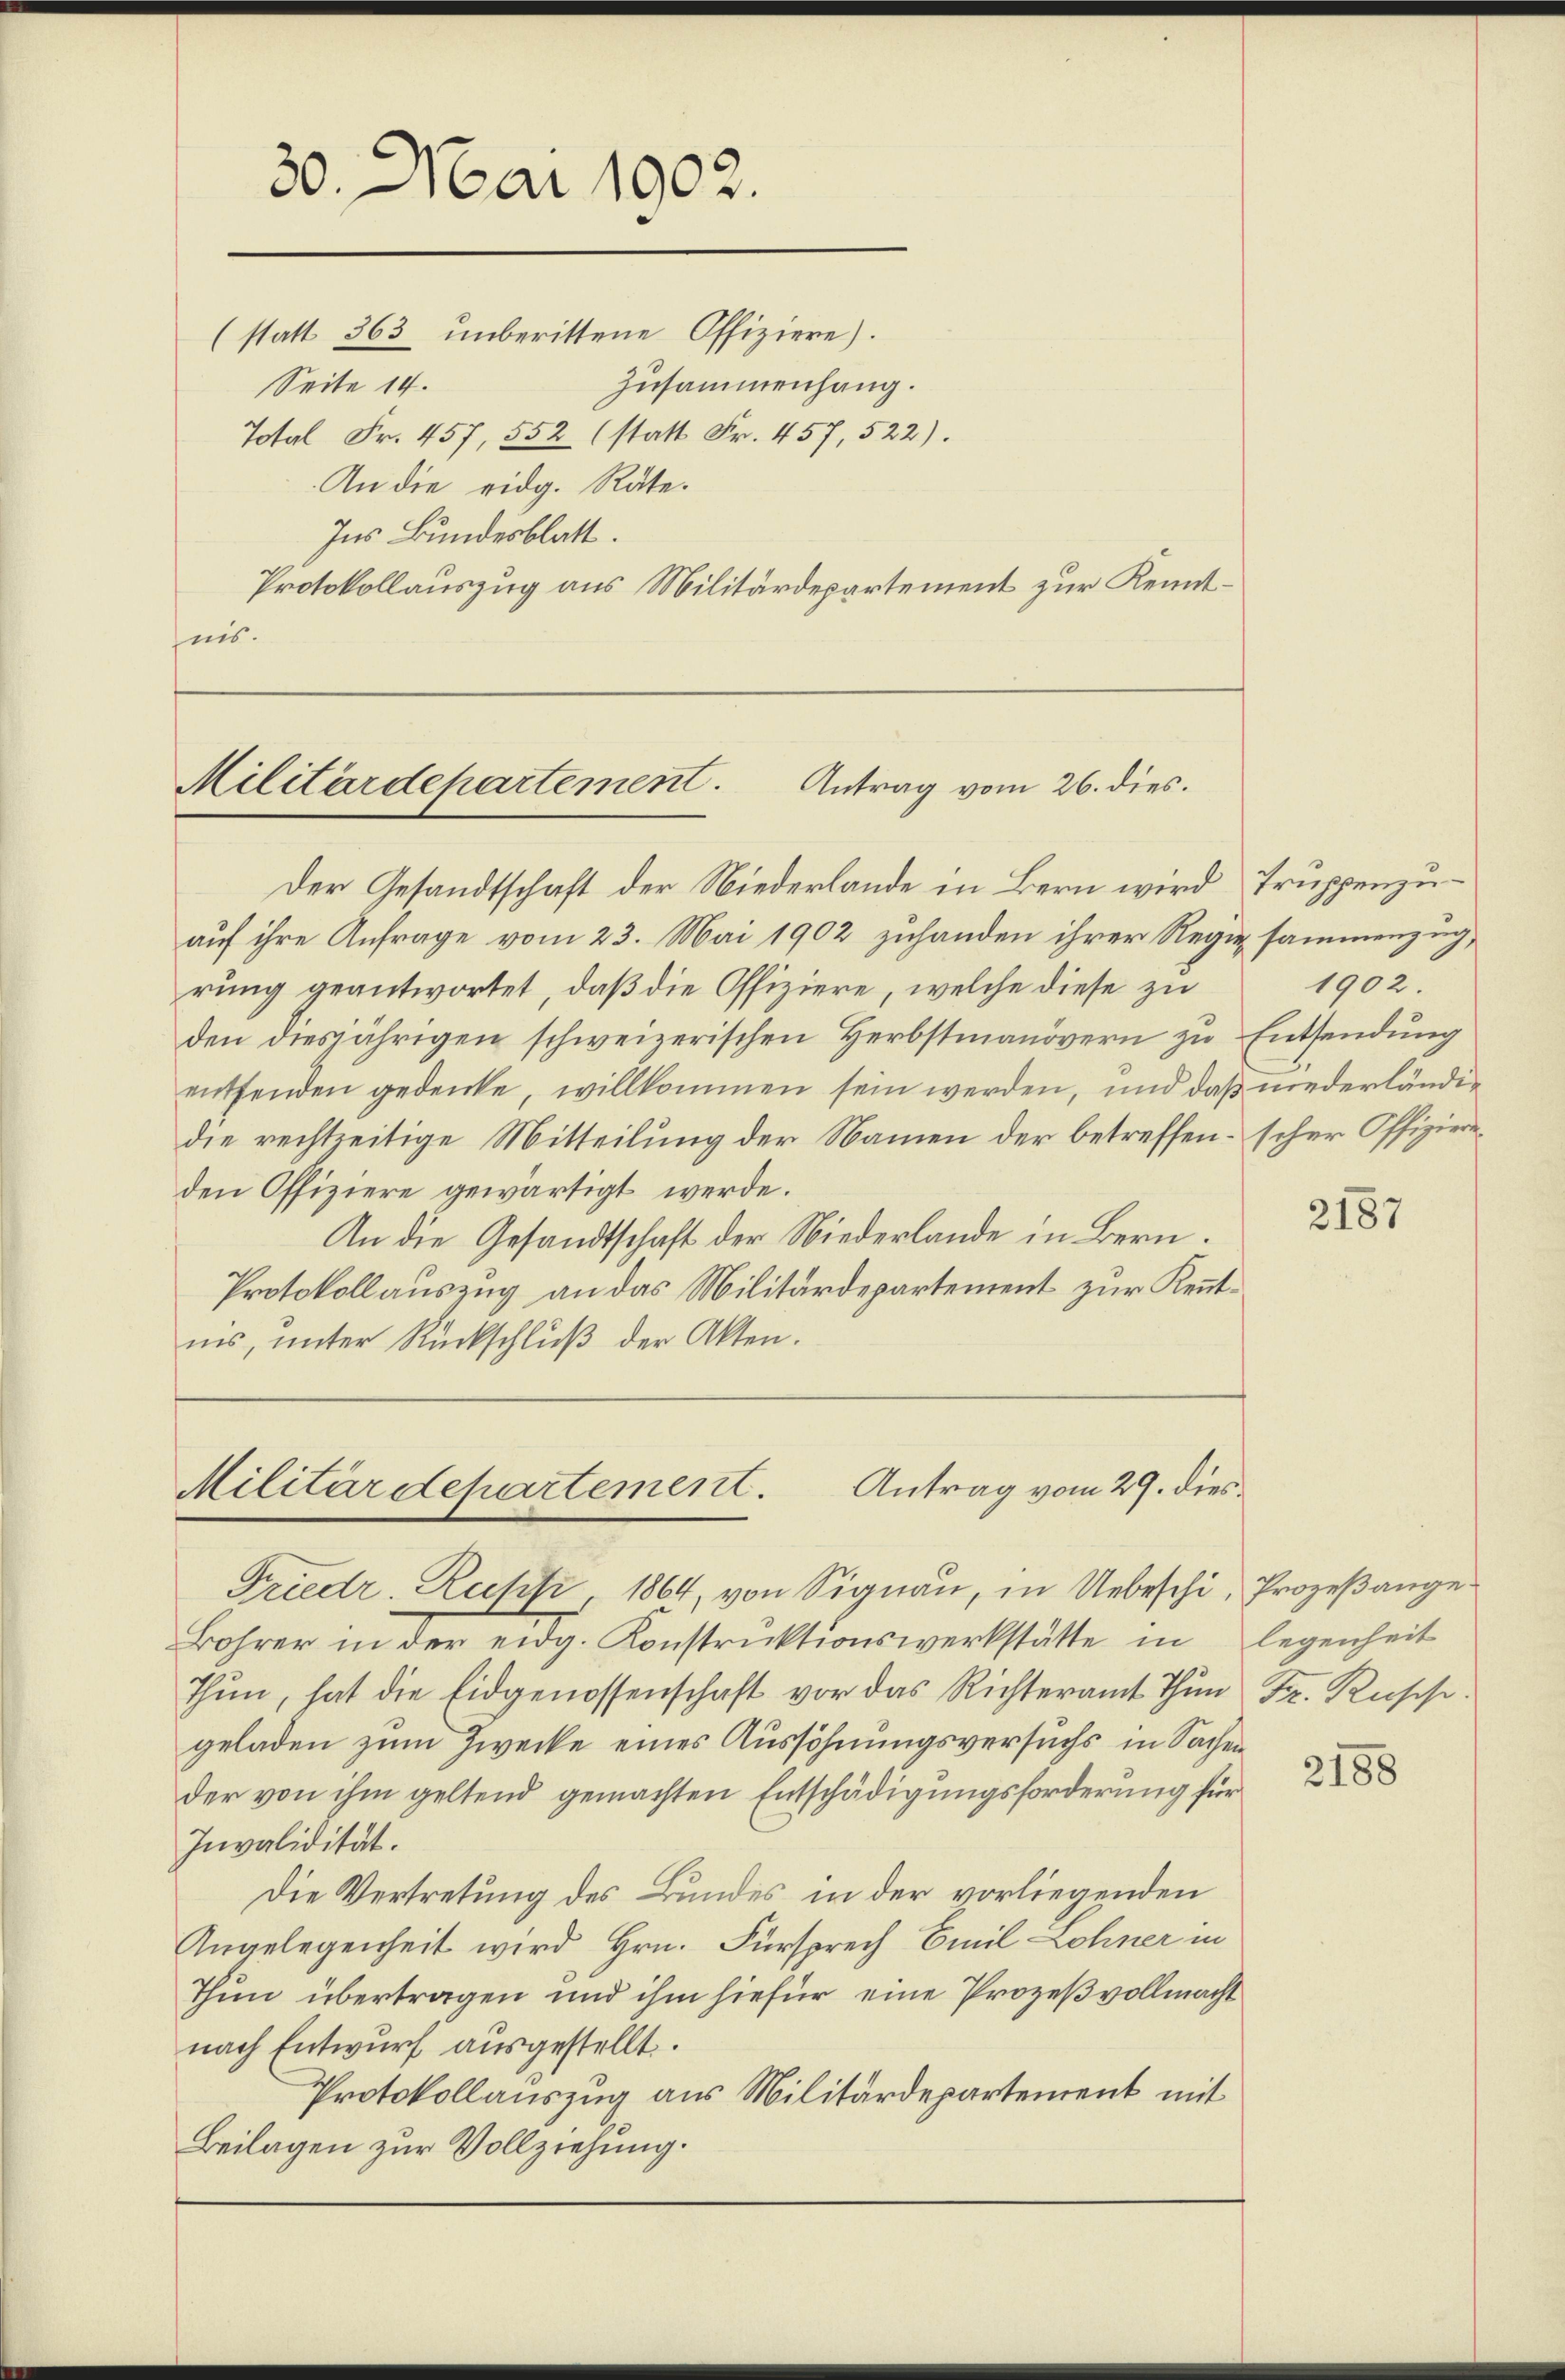
30. Mai 1902.

(statt 363 unberittene Offiziere).
Zusammenhang.
Seite 14.
Total Fr. 457, 552 (statt Fr. 457, 522).
An die eidg. Räte.
Ins Bundesblatt.
Protokollauszug aus Militärdepartement zur Kennteis.

Militärdepartement. Antrag vom 26. dies

Antrag vom 29. dies
Militärdepartement.

Friedr. Rupfi, 1864, von Signau, in Uebeschi, Prozeßange
Bohrer in der eidg. Konstruktionswerkstätte in legenheit
Thun, hat die Eidgenossenschaft vor das Richteramt Thun Fr. Kusse
geladen zum Zwecke eines Aussöhnungsversuchs in Sachen
der von ihm geltend gemachten Entschädigungsforderung für
Invalidität.
Die Vertretung des Bundes in der vorliegenden
Angelegenheit wird Hrn. Fürsprech Emil Lohner in
Thun übertragen und ihm hiefür eine Prozeßvollmacht
nach Entwurf ausgestellt.
Protokollauszug aus Militärdepartement mit
Beilagen zur Vollziehung.

Der Gesandtschaft der Niederlande in Bern wird Truppenzuauf ihre Anfrage vom 23. Mai 1902 zuhanden ihrer Regie sammenzug,
rung geantwortet, daß die Offiziere, welche diese zu
den diesjährigen schweizerischen Herbstmanövern zu Entsendung
entfenden gedenke, willkommen sein werden, und daß niederländidie rechtzeitige Mitteilung der Namen der betreffen scher Offiziereden Offiziere gewärtigt werde.
An die Gesandtschaft der Niederlande in Bern.
Protokollauszug an das Militärdepartement zur Kenntnis, unter Rückschlŭβ der Akten.

1902.

2187

2188